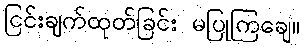
ငြင်းချက်ထုတ်ခြင်း မပြုကြချေ။